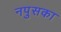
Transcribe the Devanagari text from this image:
नपुसका